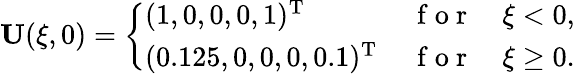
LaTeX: \mathbf{U}(\xi,0)=\left\{ \begin{array}{ll}{(1,0,0,0,1)^{\mathrm{T}}\, }&{\mathrm{~f~o~r~}\quad\xi<0,}\\ {(0.125,0,0,0,0.1)^{\mathrm{T}}\, }&{\mathrm{~f~o~r~}\quad\xi\ge 0.}\end{array}\right.